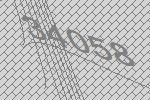
34058